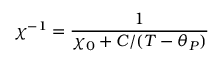
\chi ^ { - 1 } = \frac { 1 } { \chi _ { 0 } + C / ( T - \theta _ { P } ) }